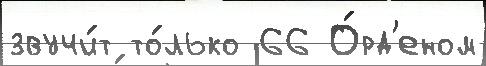
звучи́т то́лько 66 О́рд'еном